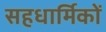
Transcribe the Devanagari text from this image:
सहधार्मिकों